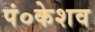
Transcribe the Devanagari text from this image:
पं०केशव